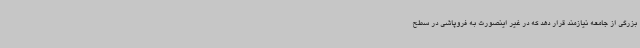
بزرگی از جامعه نیازمند قرار دهد که در غیر اینصورت به فروپاشی در سطح